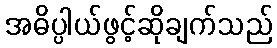
အဓိပ္ပါယ်ဖွင့်ဆိုချက်သည်